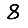
Digit: 8